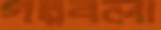
গল্পবলা